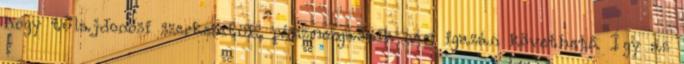
hogy tulajdonosi szerkezetük, pénzmozgásaik nem igazán követhető. Így az